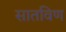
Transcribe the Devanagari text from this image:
सातविण